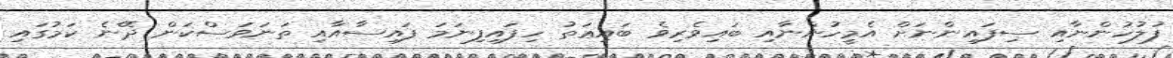
ފުލުހުންނާއި ސިފައިންނަށް އެމީހުންނާއި ބައިވެރިވެ ބައިޢަތު ހިފައިފިނަމަ ފައިސާއާއި ތަނަވަސްކަން ދޭނެ ކަމުގައި